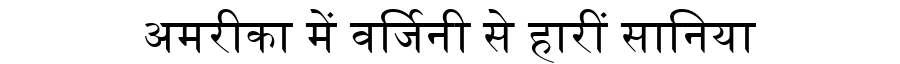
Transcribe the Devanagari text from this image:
अमरीका में वर्जिनी से हारीं सानिया